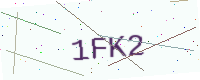
Text: 1FK2